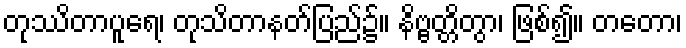
တုဿိတာပူရေ၊ တုသိတာနတ်ပြည်၌။ နိဗ္ဗတ္တိတွာ၊ ဖြစ်၍။ တတော၊